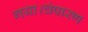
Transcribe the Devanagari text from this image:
गया।चंपारण